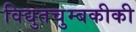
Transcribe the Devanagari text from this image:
विद्युतचुम्बकीकी